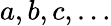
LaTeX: a,b,c,\ldots